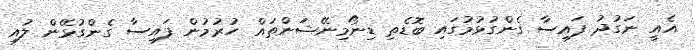
އެއީ ނަގުދު ފައިސާ ގެންގުޅުމުގައި ބޮޑެތި ޑިނޯމިނޭޝަންތައް ހުރުމުން ފައިސާ ގެންގުޅޭން ލުއި